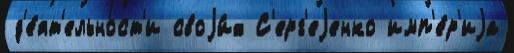
д'е́ят'ельност'и своjи́х С'ерг'еjенко имп'е́р'иjа